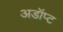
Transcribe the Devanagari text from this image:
अडॉप्ट